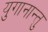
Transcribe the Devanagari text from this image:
युगानान्तु